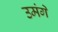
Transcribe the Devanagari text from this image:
उमंगें